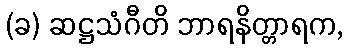
(ခ) ဆဋ္ဌသံဂီတိ ဘာရနိတ္တာရက,